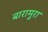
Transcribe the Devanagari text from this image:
बारामुरा